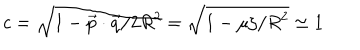
LaTeX: c = \sqrt { 1 - { { \vec { p } } \cdot { \vec { q } } / 2 R ^ { 2 } } } = \sqrt { 1 - { \mu \zeta / R ^ { 2 } } } \simeq 1